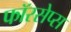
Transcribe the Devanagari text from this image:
फॉरसेप्स